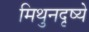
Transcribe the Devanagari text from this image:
मिथुनदृष्ये